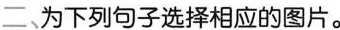
二、为下列句子选摔相应的图片。